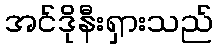
အင်ဒိုနီးရှားသည်